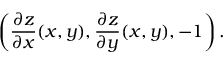
\left( { \frac { \partial z } { \partial x } } ( x , y ) , { \frac { \partial z } { \partial y } } ( x , y ) , - 1 \right) .